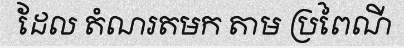
ដែល តំណរតមក តាម ប្រពៃណី